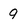
Character: 9